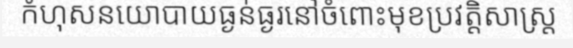
កំហុសនយោបាយធ្ងន់ធ្ងរនៅចំពោះមុខប្រវត្តិសាស្ត្រ